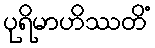
ပုရိမာဟိဿတိံ